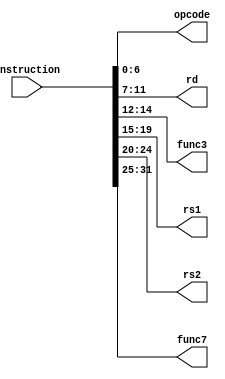
module Instruction_parser
  (
  input [31:0] instruction,
  output reg [6:0] opcode,
  output reg [4:0] rd,
  output reg [2:0] func3,
  output reg [4:0] rs1,
  output reg [4:0] rs2,
  output reg [6:0] func7
  );
  
  always @ (instruction)
  begin
    opcode = instruction[6:0];
    rd =  instruction[11:7];
    func3 = instruction[14:12];
    rs1 = instruction[19:15];
    rs2 = instruction[24:20];
    func7 = instruction[31:25];
  
  end
  
  
  
endmodule